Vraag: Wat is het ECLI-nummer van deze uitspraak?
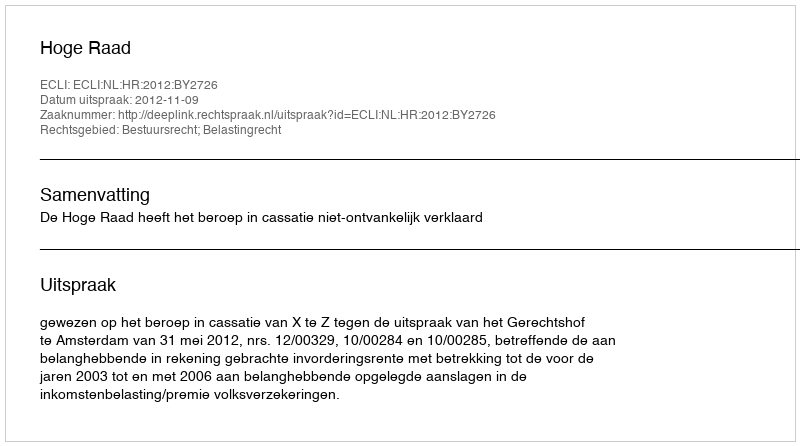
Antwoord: ECLI:NL:HR:2012:BY2726